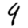
Digit: 4